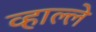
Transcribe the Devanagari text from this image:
व्हाल्ले